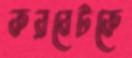
করবেটকে